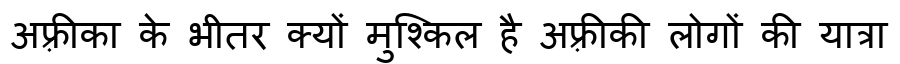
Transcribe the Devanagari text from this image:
अफ़्रीका के भीतर क्यों मुश्किल है अफ़्रीकी लोगों की यात्रा